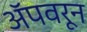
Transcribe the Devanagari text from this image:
अॅपवरून